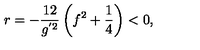
r = - \frac { 1 2 } { g ^ { ' 2 } } \left( f ^ { 2 } + \frac { 1 } { 4 } \right) < 0 ,